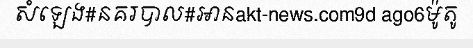
សំឡេង#នគរបាល#អានakt-news.com9d ago6ម៉ូតូ